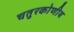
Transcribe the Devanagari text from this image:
चतुरकोणीय